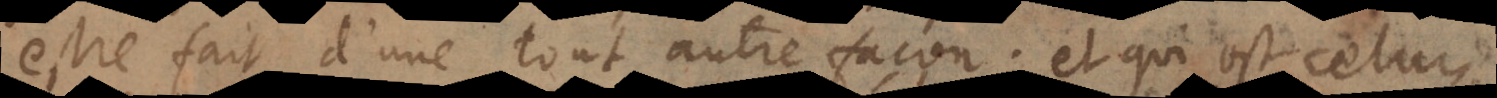
estre fait d’une tout autre façon; et qui est celu